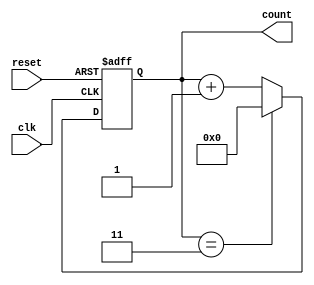
module counter (
    input wire clk,
    input wire reset,
    output reg [3:0] count
);

parameter WIDTH = 4;

always @(posedge clk or posedge reset)
begin
    if (reset)
        count <= 4'b0000;
    else if (count == (WIDTH-1))
        count <= 4'b0000;
    else
        count <= count + 1;
end

endmodule